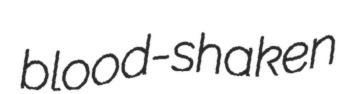
blood-shaken